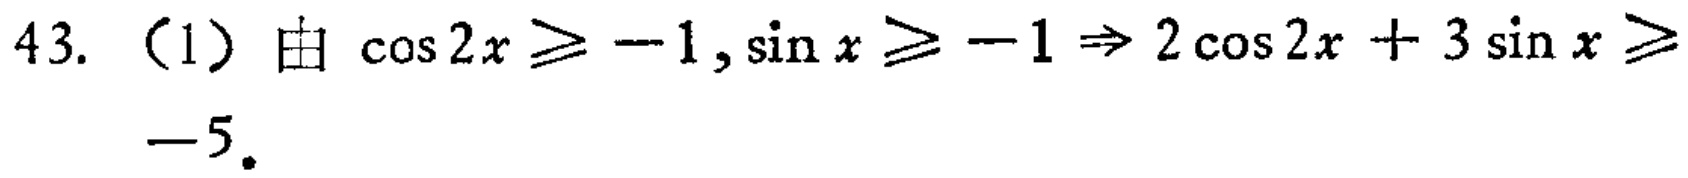
43. （1）由 \(\cos 2x\geqslant - 1,\sin x\geqslant - 1\Rightarrow 2\cos 2x + 3\sin x\geqslant - 5\)。